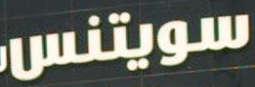
سويتنس